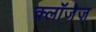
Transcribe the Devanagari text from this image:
क्लॉजेज़